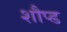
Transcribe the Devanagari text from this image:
शौप्ड